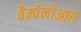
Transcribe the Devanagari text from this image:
वैम्पेनोआग